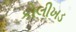
કોલીખડ